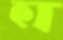
হা